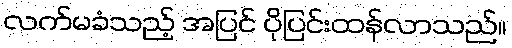
လက်မခံသည့် အပြင် ပိုပြင်းထန်လာသည်။